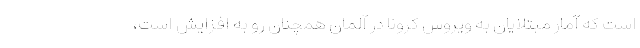
است که آمار مبتلایان به ویروس کرونا در آلمان همچنان رو به افزایش است،